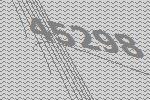
45298